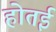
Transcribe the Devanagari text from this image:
होतई